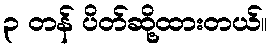
၃ တန် ပိတ်ဆို့ထားတယ်။